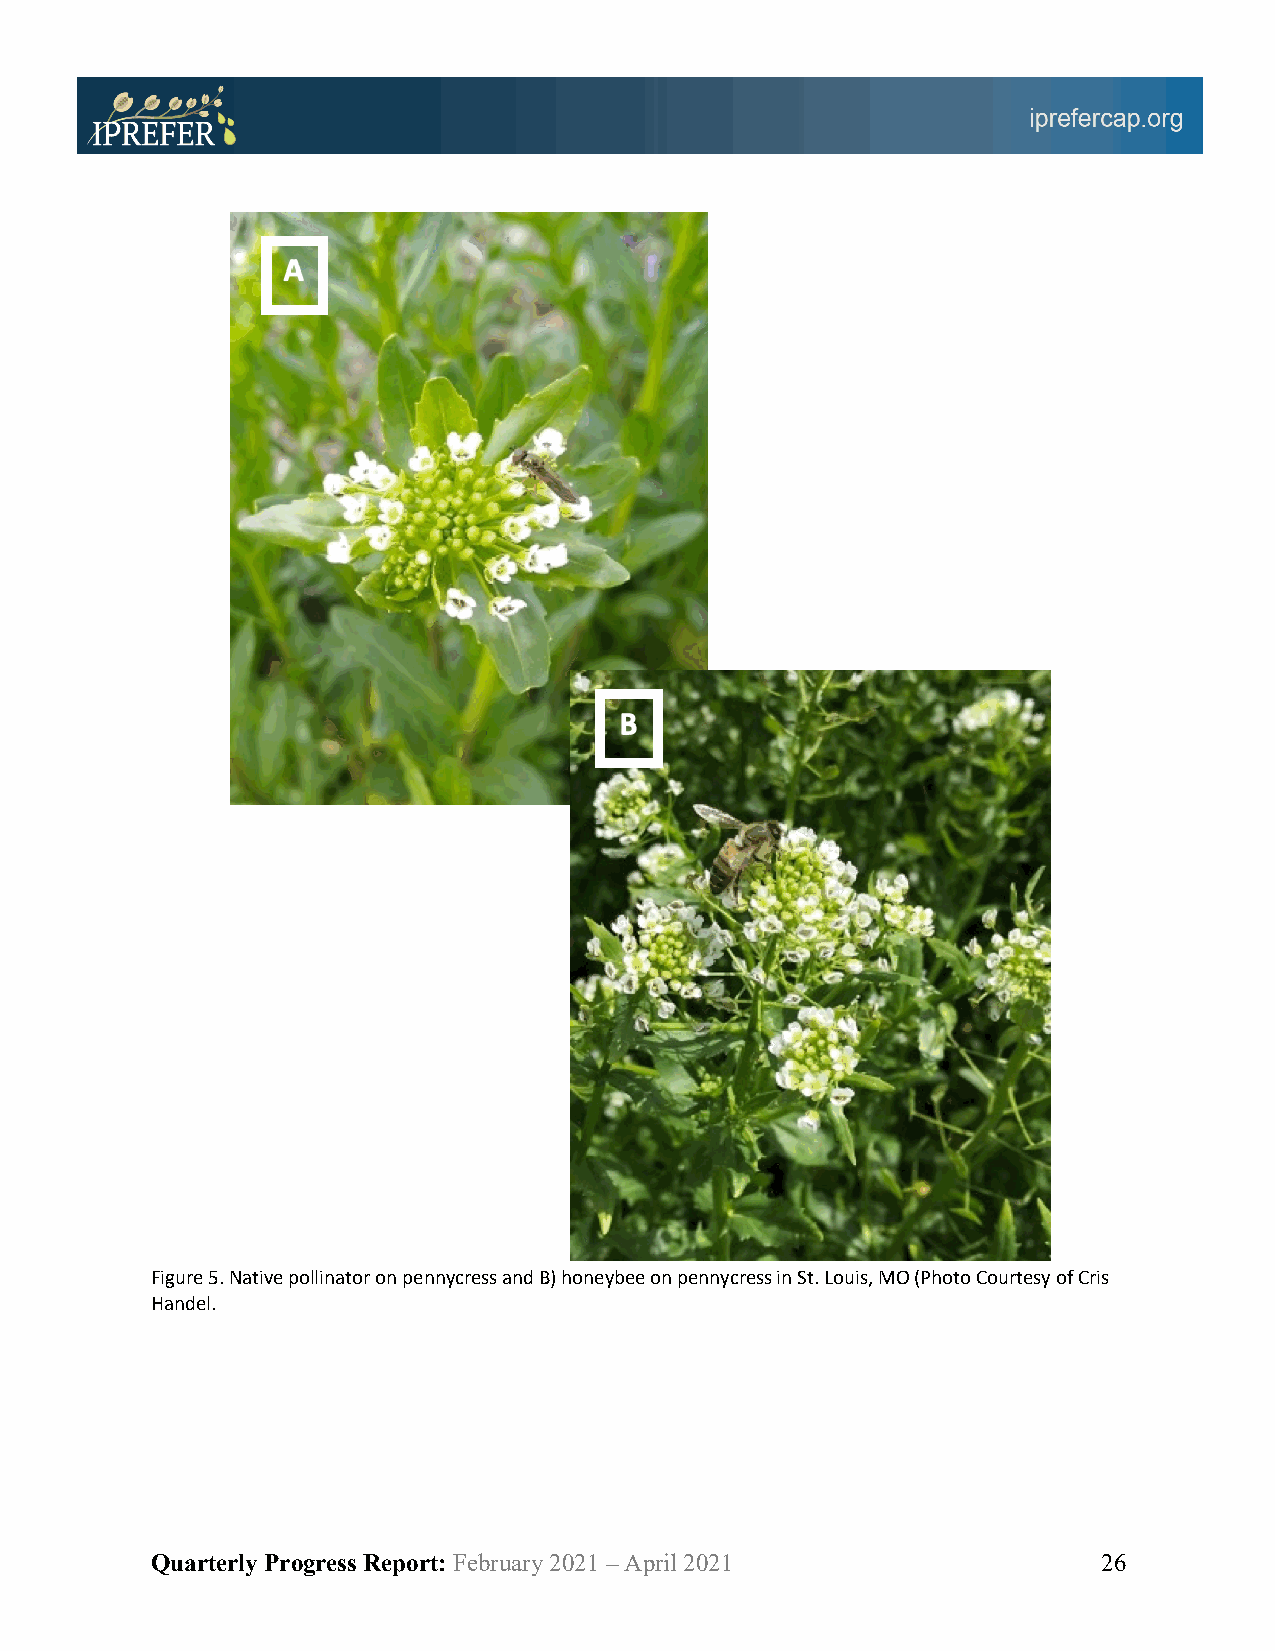
Figure 5. Native pollinator on pennycress and B) honeybee on pennycress in St. Louis, MO (Photo Courtesy of Cris
 Handel.
 Quarterly Progress Report: February 2021 – April 2021          26